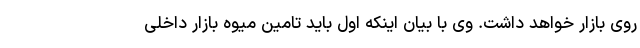
روی بازار خواهد داشت. وی با بیان اینکه اول باید تامین میوه بازار داخلی